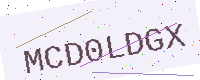
Text: MCD0LDGX